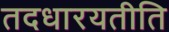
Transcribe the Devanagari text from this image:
तदधारयतीति